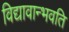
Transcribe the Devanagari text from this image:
विद्यावान्भवति